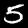
Label: 5